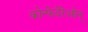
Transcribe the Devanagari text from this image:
कोन्फेदेरेओन्